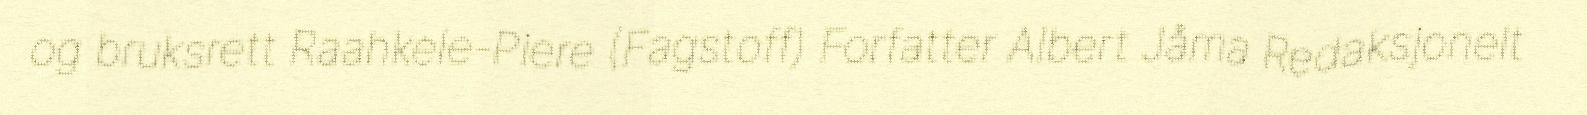
og bruksrett Raahkele-Piere (Fagstoff) Forfatter Albert Jåma Redaksjonelt